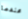
عندما